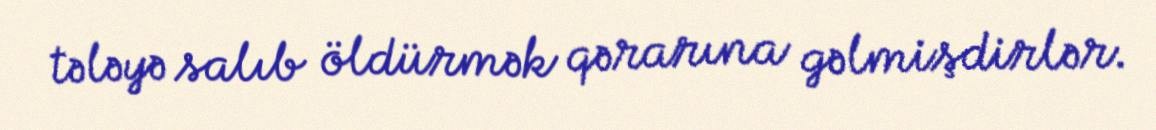
tələyə salıb öldürmək qərarına gəlmişdirlər.